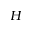
H